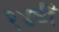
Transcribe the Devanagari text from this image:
१४वीँ